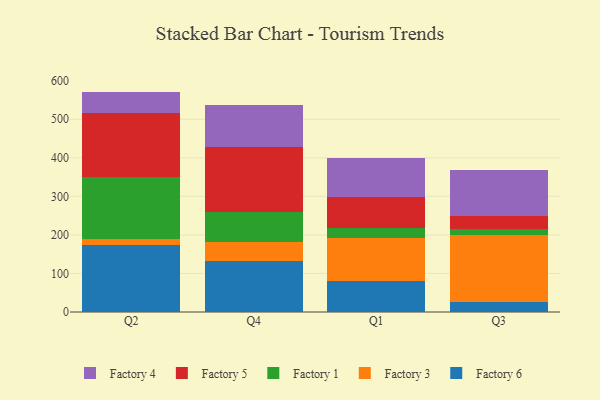
{"axis": {"x": "Quarter", "y": "Temperature (°C)"}, "legend": ["Factory 1", "Factory 3", "Factory 4", "Factory 5", "Factory 6"], "data": [{"x": "Q2", "y": 174.0, "type": "Factory 6"}, {"x": "Q2", "y": 14.4, "type": "Factory 3"}, {"x": "Q2", "y": 160.9, "type": "Factory 1"}, {"x": "Q2", "y": 166.0, "type": "Factory 5"}, {"x": "Q2", "y": 56.4, "type": "Factory 4"}, {"x": "Q4", "y": 131.8, "type": "Factory 6"}, {"x": "Q4", "y": 50.1, "type": "Factory 3"}, {"x": "Q4", "y": 76.4, "type": "Factory 1"}, {"x": "Q4", "y": 169.0, "type": "Factory 5"}, {"x": "Q4", "y": 110.6, "type": "Factory 4"}, {"x": "Q1", "y": 80.0, "type": "Factory 6"}, {"x": "Q1", "y": 112.7, "type": "Factory 3"}, {"x": "Q1", "y": 24.8, "type": "Factory 1"}, {"x": "Q1", "y": 81.2, "type": "Factory 5"}, {"x": "Q1", "y": 101.8, "type": "Factory 4"}, {"x": "Q3", "y": 26.3, "type": "Factory 6"}, {"x": "Q3", "y": 173.4, "type": "Factory 3"}, {"x": "Q3", "y": 14.6, "type": "Factory 1"}, {"x": "Q3", "y": 35.0, "type": "Factory 5"}, {"x": "Q3", "y": 120.0, "type": "Factory 4"}]}